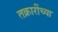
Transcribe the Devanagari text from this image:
तक्रारींच्या